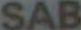
SAB